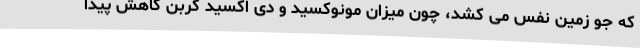
که جو زمین نفس می کشد، چون میزان مونوکسید و دی اکسید کربن کاهش پیدا